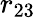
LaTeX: r_{23}